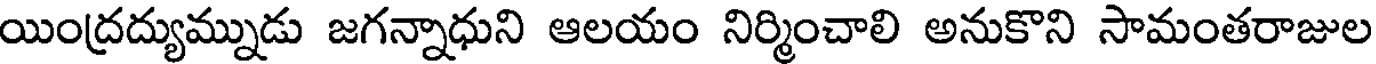
యింద్రద్యుమ్నుడు జగన్నాధుని ఆలయం నిర్మించాలి అనుకొని సామంతరాజుల